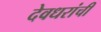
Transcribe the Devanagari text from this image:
देवधरांची